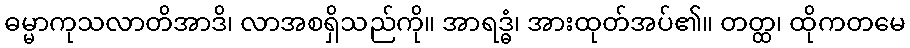
ဓမ္မာကုသလာတိအာဒိ၊ လာအစရှိသည်ကို။ အာရဒ္ဓံ၊ အားထုတ်အပ်၏။ တတ္ထ၊ ထိုကတမေ